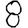
Digit: 8